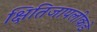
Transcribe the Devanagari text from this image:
क्षितिजापलीकडे